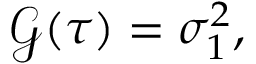
\mathcal { G } ( \tau ) = \sigma _ { 1 } ^ { 2 } ,